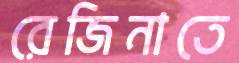
রেজিনাতে